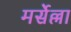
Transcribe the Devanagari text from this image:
मर्सेल्ला